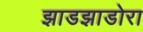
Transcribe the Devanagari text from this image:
झाडझाडोरा